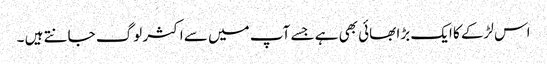
اس لڑکے کا ایک بڑا بھائی بھی ہے جسے آپ میں سے اکثر لوگ جانتے ہیں ۔